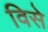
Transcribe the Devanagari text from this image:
विसे